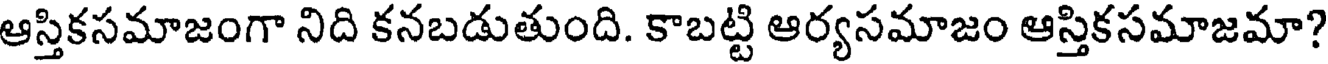
ఆస్తికసమాజంగా నిది కనబడుతుంది. కాబట్టి ఆర్యసమాజం ఆస్తికసమాజమా?